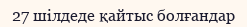
27 шілдеде қайтыс болғандар